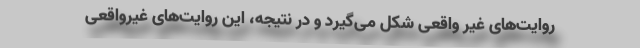
روایت‌های غیر واقعی شکل می‌گیرد و در نتیجه، این روایت‌های غیرواقعی